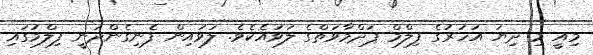
މިއީ މި ދިޔަ އަހަރުގެ ފިލްމް ޕަދްމާވަތްގެ ލަވައެކެވެ. ލަވައިން ފެނިގެންދަނީ ފިލްމުގައި